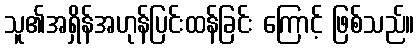
သူ၏အရှိန်အဟုန်ပြင်းထန်ခြင်း ကြောင့် ဖြစ်သည်။